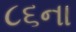
૮૬ના